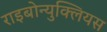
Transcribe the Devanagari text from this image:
राइबोन्युक्लियस